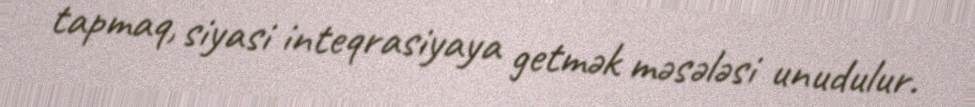
tapmaq, siyasi inteqrasiyaya getmək məsələsi unudulur.